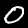
Label: 0